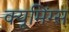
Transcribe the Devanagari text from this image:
क्यूमिंग्स